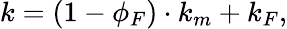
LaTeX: k=(1-\phi_{F})\cdot k_{m}+k_{F},